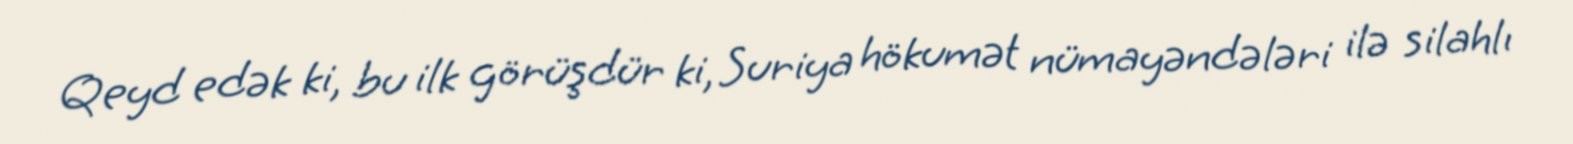
Qeyd edək ki, bu ilk görüşdür ki, Suriya hökumət nümayəndələri ilə silahlı